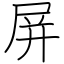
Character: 屏